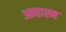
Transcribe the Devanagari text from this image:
आद्याश्म